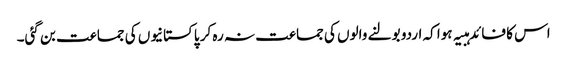
اس کا فائدہبیہ ہوا کہ اردو بولنے والوں کی جماعت نہ رہ کر پاکستانیوں کی جماعت بن گئی۔